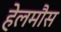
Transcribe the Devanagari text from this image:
हेलमौस